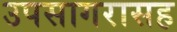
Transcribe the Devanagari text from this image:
उपसागरासह